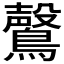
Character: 𮭑